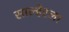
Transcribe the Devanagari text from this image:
साल्हेरला